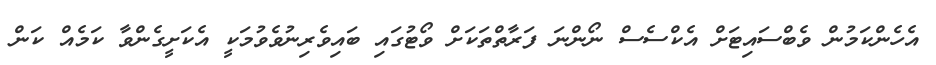
އެހެންކަމުން ވެބްސައިޓަށް އެކްސެސް ނޯންނަ ފަރާތްތަކަށް ވޯޓުގައި ބައިވެރިނުވެވުމަކީ އެކަށީގެންވާ ކަމެއް ކަން